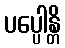
ပပ္ပေါန္တိ